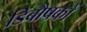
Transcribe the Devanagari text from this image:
डिंबौषकों